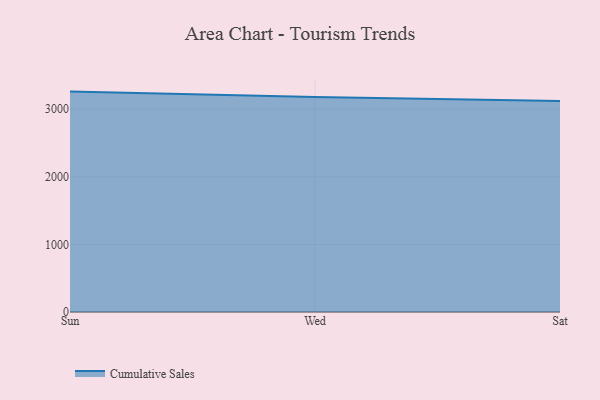
{"axis": {"x": "Day", "y": "LTV (USD)"}, "legend": ["Cumulative Sales"], "data": [{"x": "Sun", "y": 3261.7, "type": "Cumulative Sales"}, {"x": "Wed", "y": 3181.9, "type": "Cumulative Sales"}, {"x": "Sat", "y": 3124.2, "type": "Cumulative Sales"}]}